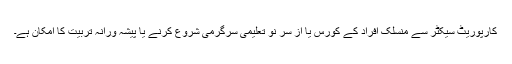
کارپوریٹ سیکٹر سے منسلک افراد کے کورس یا از سر نو تعلیمی سرگرمی شروع کرنے یا پیشہ ورانہ تربیت کا امکان ہے۔